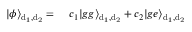
\begin{array} { r l } { | \phi \rangle _ { \mathrm { d _ { 1 } , d _ { 2 } } } = } & { { } ~ c _ { 1 } | g g \rangle _ { \mathrm { d _ { 1 } , d _ { 2 } } } + c _ { 2 } | g e \rangle _ { \mathrm { d _ { 1 } , d _ { 2 } } } } \end{array}